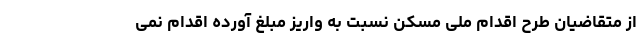
از متقاضیان طرح اقدام ملی مسکن نسبت به واریز مبلغ آورده اقدام نمی